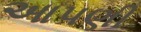
આપણી